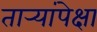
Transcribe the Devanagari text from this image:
तार्‍यांपेक्षा